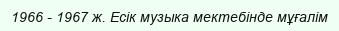
1966 - 1967 ж. Есік музыка мектебінде мұғалім